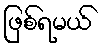
ဖြစ်ရမယ်